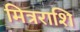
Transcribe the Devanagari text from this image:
मित्रराशि